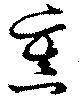
熏